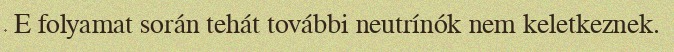
E folyamat során tehát további neutrínók nem keletkeznek.